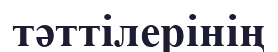
тәттілерінің